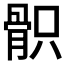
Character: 𩨵